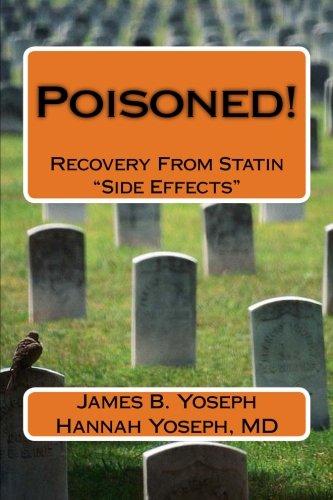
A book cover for Poisoned!: Recovery From Statin "Side Effects"; James B. and Hannah Yoseph; Medical Books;